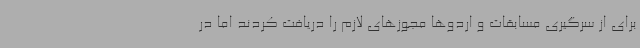
برای از سرگیری مسابقات و اردوها مجوزهای لازم را دریافت کردند اما در